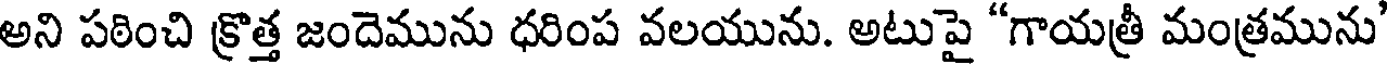
అని పఠించి క్రొత్త జందెమును ధరింప వలయును. అటుపై "గాయత్రీ మంత్రమును